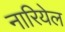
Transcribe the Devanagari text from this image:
नारियेल